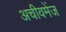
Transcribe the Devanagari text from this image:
अचीवमेंज